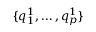
\{ q _ { 1 } ^ { 1 } , \ldots , q _ { p } ^ { 1 } \}